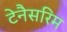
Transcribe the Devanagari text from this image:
टेनैसरिम